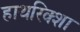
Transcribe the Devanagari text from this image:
हाथरिक्शा